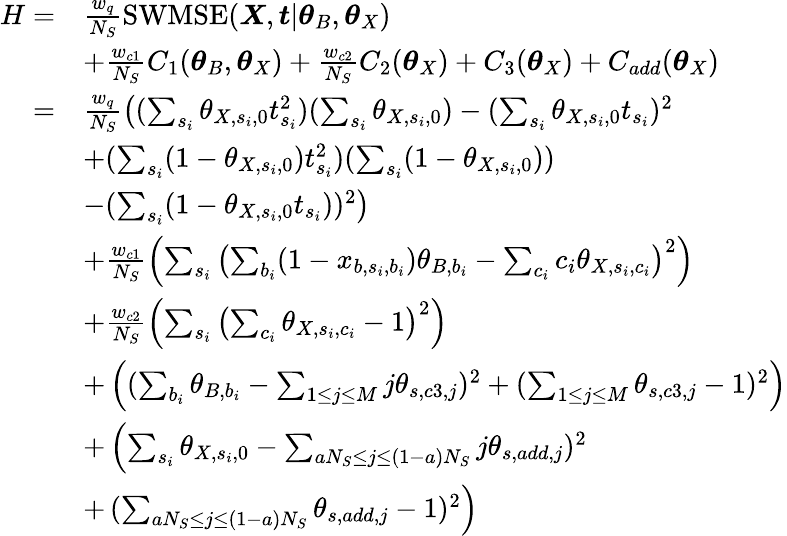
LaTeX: \begin{array}{rl}{H=}&{\frac{w_{q}}{N_{S}}\mathrm{SWMSE}(\boldsymbol{X},\boldsymbol{t}|\boldsymbol{\theta}_{B},\boldsymbol{\theta}_{X})}\\ &{+\frac{w_{c1}}{N_{S}}C_{1}(\boldsymbol{\theta}_{B},\boldsymbol{\theta}_{X})+\frac{w_{c2}}{N_{S}}C_{2}(\boldsymbol{\theta}_{X})+C_{3}(\boldsymbol{\theta}_{X})+C_{add}(\boldsymbol{\theta}_{X})}\\ {=}&{\frac{w_{q}}{N_{S}}\left((\sum_{s_{i}}\theta_{X,s_{i},0}t_{s_{i}}^{2})(\sum_{s_{i}}\theta_{X,s_{i},0})-(\sum_{s_{i}}\theta_{X,s_{i},0}t_{s_{i}})^{2}\right.}\\ &{+(\sum_{s_{i}}(1-\theta_{X,s_{i},0})t_{s_{i}}^{2})(\sum_{s_{i}}(1-\theta_{X,s_{i},0}))}\\ &{\left.-(\sum_{s_{i}}(1-\theta_{X,s_{i},0}t_{s_{i}}))^{2}\right)}\\ &{+\frac{w_{c1}}{N_{S}}\left(\sum_{s_{i}}\left(\sum_{b_{i}}(1-x_{b,s_{i},b_{i}})\theta_{B,b_{i}}-\sum_{c_{i}}c_{i}\theta_{X,s_{i},c_{i}}\right)^{2}\right)}\\ &{+\frac{w_{c2}}{N_{S}}\left(\sum_{s_{i}}\left(\sum_{c_{i}}\theta_{X,s_{i},c_{i}}-1\right)^{2}\right)}\\ &{+\left((\sum_{b_{i}}\theta_{B,b_{i}}-\sum_{1\le j\le M}j\theta_{s,c3,j})^{2}+(\sum_{1\le j\le M}\theta_{s,c3,j}-1)^{2}\right)}\\ &{+\left(\sum_{s_{i}}\theta_{X,s_{i},0}-\sum_{aN_{S}\le j\le(1-a)N_{S}}j\theta_{s,add,j})^{2}\right.}\\ &{+\left.(\sum_{aN_{S}\le j\le(1-a)N_{S}}\theta_{s,add,j}-1)^{2}\right)}\end{array}